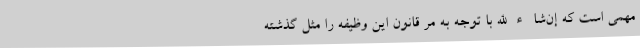
مهمی است که إن‌شاءالله با توجه به مر قانون این وظیفه را مثل گذشته